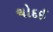
ચોદઈ